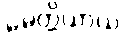
မေတ္တိယာယ